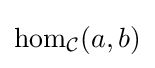
\operatorname {hom} _{\mathcal {C}}(a,b)